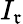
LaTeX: I_{\mathfrak{r}}